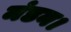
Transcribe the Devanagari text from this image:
मंडन।